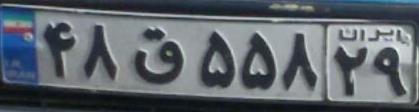
۴۸ق۵۵۸۲۹